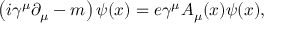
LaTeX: \left( i \gamma ^ { \mu } \partial _ { \mu } - m \right) \psi ( x ) = e \gamma ^ { \mu } A _ { \mu } ( x ) \psi ( x ) ,